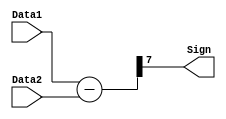
module Comparator (
output           Sign,
input      [7:0] Data1,
input      [7:0] Data2
);

wire [7:0] Sub;
assign Sub = Data1 - Data2;
assign Sign = Sub[7];
endmodule